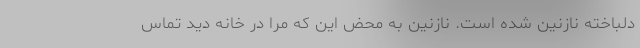
دلباخته نازنین شده است. نازنین به محض این که مرا در خانه دید تماس